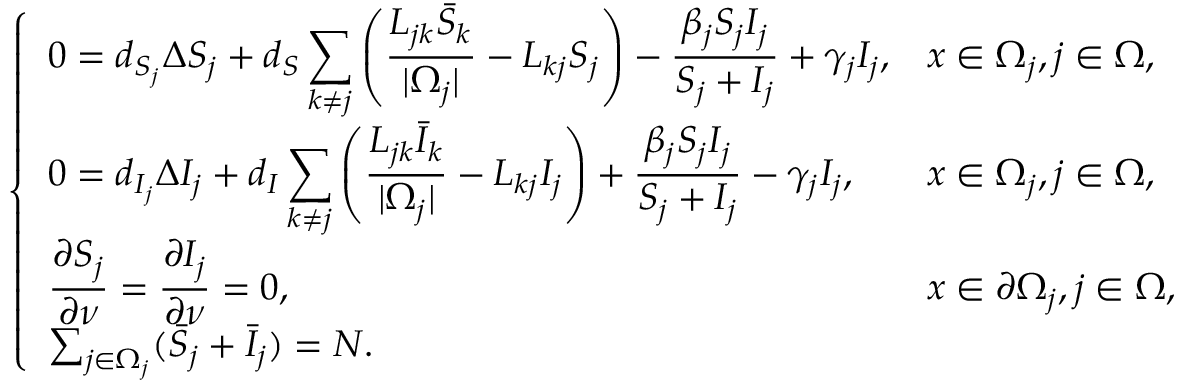
\left\{ \begin{array} { l l } { \displaystyle 0 = d _ { S _ { j } } \Delta S _ { j } + d _ { S } \sum _ { k \neq j } \left( \frac { L _ { j k } \bar { S } _ { k } } { | \Omega _ { j } | } - L _ { k j } S _ { j } \right) - \displaystyle \frac { \beta _ { j } S _ { j } I _ { j } } { S _ { j } + I _ { j } } + \gamma _ { j } I _ { j } , } & { x \in \Omega _ { j } , j \in \Omega , } \\ { \displaystyle 0 = d _ { I _ { j } } \Delta I _ { j } + d _ { I } \sum _ { k \neq j } \left( \frac { L _ { j k } \bar { I } _ { k } } { | \Omega _ { j } | } - L _ { k j } I _ { j } \right) + \displaystyle \frac { \beta _ { j } S _ { j } I _ { j } } { S _ { j } + I _ { j } } - \gamma _ { j } I _ { j } , } & { x \in \Omega _ { j } , j \in \Omega , } \\ { \displaystyle \frac { \partial S _ { j } } { \partial \nu } = \displaystyle \frac { \partial I _ { j } } { \partial \nu } = 0 , } & { x \in \partial \Omega _ { j } , j \in \Omega , } \\ { \sum _ { j \in \Omega _ { j } } ( \bar { S } _ { j } + \bar { I } _ { j } ) = N . } \end{array} \right.